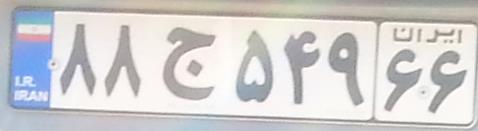
۸۸ج۵۴۹۶۶